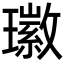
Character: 𤪖